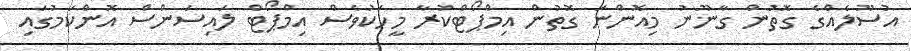
އުސޫލެއްގެ ގޮތުން ގާނޫނު މިއޮންނަ ގޮތުން އިމްޕޯޓްކުރާ މީހަކުވެސް އިމްޕޯޓް ލައިސަންސް އޮންކަމުގައި